Civil Veterinary Dept. Bombay admin report 1893-99 - 1893-1899
Year: 1893
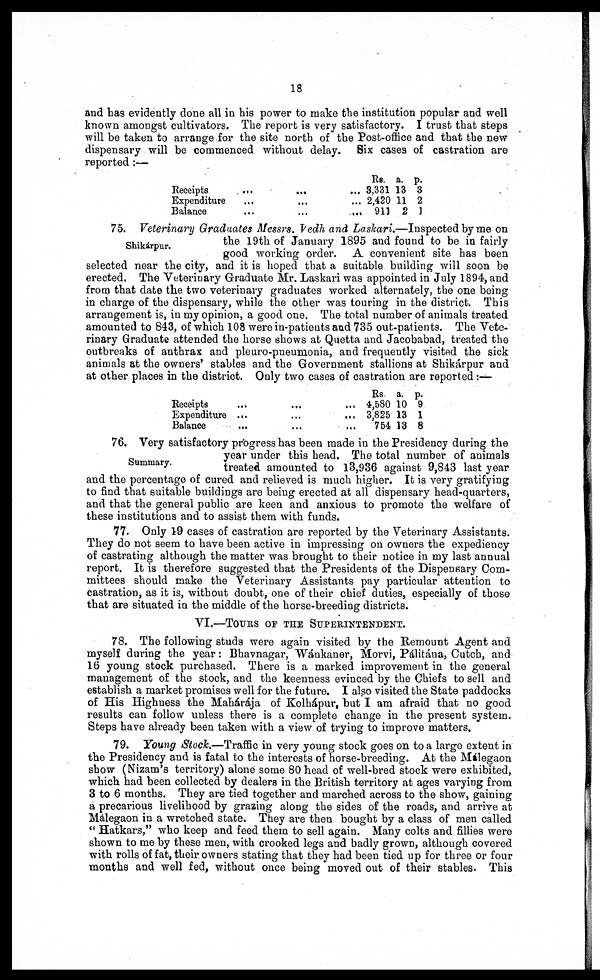
18
and has evidently done all in his power to make the institution popular and well
known amongst cultivators. The report is very satisfactory. I trust that steps
will be taken to arrange for the site north of the Post-office and that the new
dispensary will be commenced without delay. Six cases of castration are
reported :—
Receipts ... ... ...
Expenditure ... ... ...
Balance ... ... ...
Rs.
3,331
2,420
911
a.
13
11
2
p.
3
2
1
Shikárpur.
75. Veterinary Graduates Messrs. Vedh and Laskari.—Inspected by me on
the 19th of January 1895 and found to be in fairly
good working order. A convenient site has been
selected near the city, and it is hoped that a suitable building will soon be
erected. The Veterinary Graduate Mr. Laskari was appointed in July 1894, and
from that date the two veterinary graduates worked alternately, the one being
in charge of the dispensary, while the other was touring in the district. This
arrangement is, in my opinion, a good one. The total number of animals treated
amounted to 843, of which 108 were in-patients and 735 out-patients. The Vete-
rinary Graduate attended the horse shows at Quetta and Jacobabad, treated the
outbreaks of anthrax and pleuro-pneumonia, and frequently visited the sick
animals at the owners' stables and the Government stallions at Shikárpur and
at other places in the district. Only two cases of castration are reported :—
Receipts ... ... ...
Expenditure ... ... ...
Balance ... ... ...
Rs
4,580
3,825
754
a.
10
13
13
p.
9
1
8
Summary.
76. Very satisfactory progress has been made in the Presidency during the
year under this head. The total number of animals
treated amounted to 13,936 against 9,843 last year
and the percentage of cured and relieved is much higher. It is very gratifying
to find that suitable buildings are being erected at all dispensary head-quarters,
and that the general public are keen and anxious to promote the welfare of
these institutions and to assist them with funds.
77. Only 19 cases of castration are reported by the Veterinary Assistants.
They do not seem to have been active in impressing on owners the expediency
of castrating although the matter was brought to their notice in my last annual
report. It is therefore suggested that the Presidents of the Dispensary Com-
mittees should make the Veterinary Assistants pay particular attention to
castration, as it is, without doubt, one of their chief duties, especially of those
that are situated in the middle of the horse-breeding districts.
VI.—TOURS OF THE SUPERINTENDENT.
78. The following studs were again visited by the Remount Agent and
myself during the year: Bhavnagar, Wánkaner, Morvi, Pálitána, Cutch, and
16 young stock purchased. There is a marked improvement in the general
management of the stock, and the keenness evinced by the Chiefs to sell and
establish a market promises well for the future. I also visited the State paddocks
of His Highness the Mahárája of Kolhápur, but I am afraid that no good
results can follow unless there is a complete change in the present system.
Steps have already been taken with a view of trying to improve matters.
79. Young Stock.—Traffic in very young stock goes on to a large extent in
the Presidency and is fatal to the interests of horse-breeding. At the Málegaon
show (Nizam's territory) alone some 80 head of well-bred stock were exhibited,
which had been collected by dealers in the British territory at ages varying from
3 to 6 months. They are tied together and marched across to the show, gaining
a precarious livelihood by grazing along the sides of the roads, and arrive at
Málegaon in a wretched state. They are then bought by a class of men called
" Hatkars," who keep and feed them to sell again. Many colts and fillies were
shown to me by these men, with crooked legs and badly grown, although covered
with rolls of fat, their owners stating that they had been tied up for three or four
months and well fed, without once being moved out of their stables. This